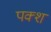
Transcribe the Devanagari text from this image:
पक्श